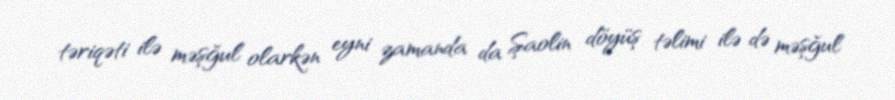
təriqəti ilə məşğul olarkən eyni zamanda da Şaolin döyüş təlimi ilə də məşğul